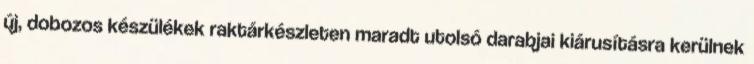
új, dobozos készülékek raktárkészleten maradt utolsó darabjai kiárusításra kerülnek